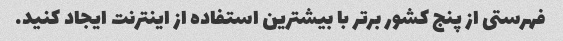
فهرستی از پنج کشور برتر با بیشترین استفاده از اینترنت ایجاد کنید.